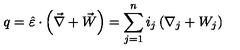
q = \hat { \varepsilon } \cdot \left( \vec { \nabla } + \vec { W } \right) = \sum _ { j = 1 } ^ { n } i _ { j } \left( \nabla _ { j } + W _ { j } \right)